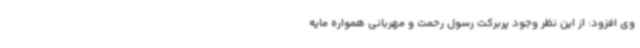
وی افزود: از این نظر وجود پربرکت رسول رحمت و مهربانی همواره مایه